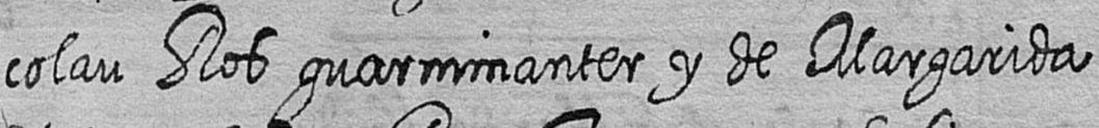
colau Ros guarnimanter y de Margarida